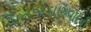
બિનજોડાણવાદની